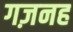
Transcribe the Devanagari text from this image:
गज़नह